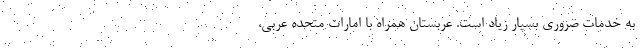
به خدمات ضروری بسیار زیاد است. عربستان همراه با امارات متحده عربی،